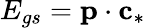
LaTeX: E_{gs}=\textbf{p}\cdot\textbf{c}_{*}